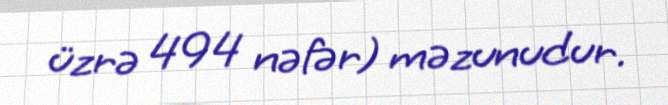
üzrə 494 nəfər) məzunudur.